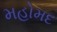
મહોમદ